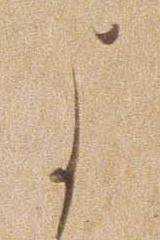
よ